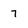
Character: 7